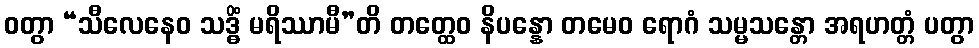
ဝတွာ “သီလေနေဝ သဒ္ဓိံ မရိဿာမီ”တိ တတ္ထေဝ နိပန္နော တမေဝ ရောဂံ သမ္မသန္တော အရဟတ္တံ ပတွာ